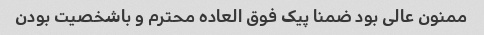
ممنون عالی بود ضمنا پیک فوق العاده محترم و باشخصیت بودن